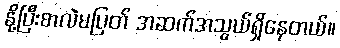
နို့ပြီးစာလဲမပြတ် အဆက်အသွယ်ရှိနေတယ်။